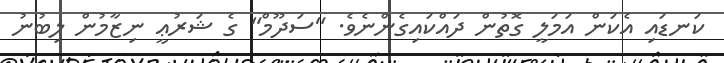
ކަނޑައި އެކަން އަމަލީ ގޮތުން ދައްކައިގެންނެވެ. "ސަދޫމް" ގެ ޝަރުޢީ ނިޒާމުން ލިބުނު